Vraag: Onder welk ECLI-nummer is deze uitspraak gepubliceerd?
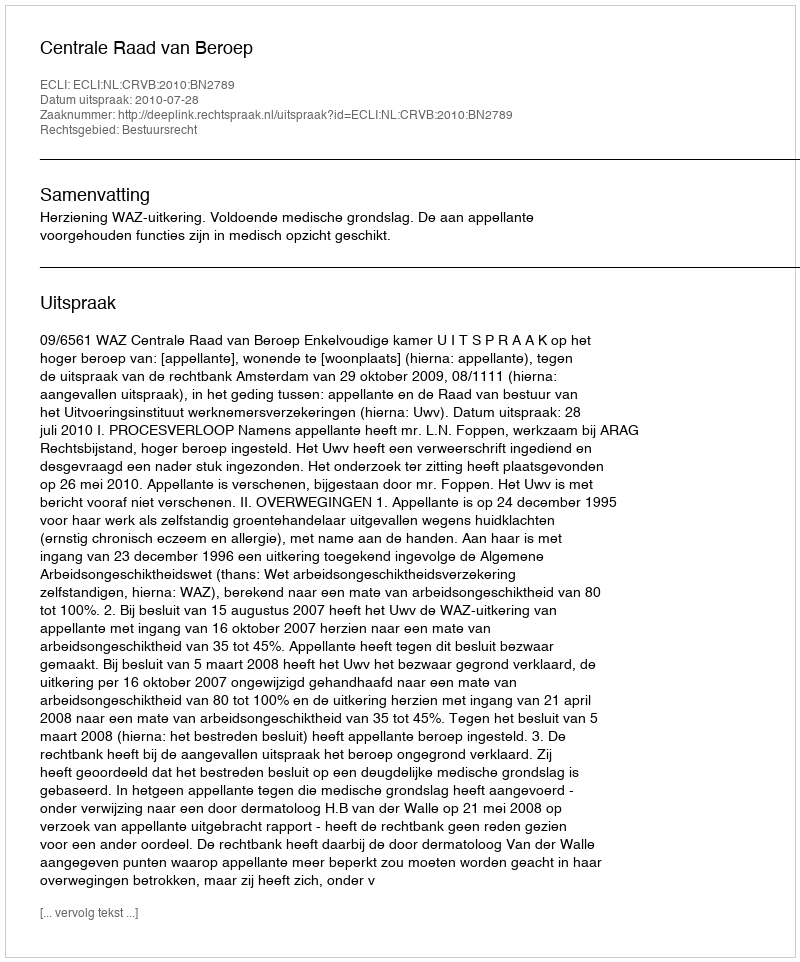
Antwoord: ECLI:NL:CRVB:2010:BN2789